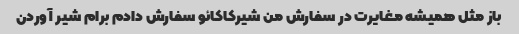
باز مثل همیشه مغایرت در سفارش من شیرکاکائو سفارش دادم برام شیر آوردن